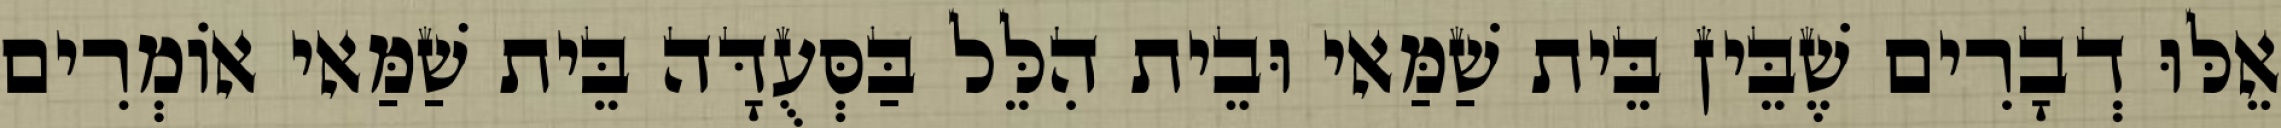
אֵלּוּ דְבָרִים שֶׁבֵּין בֵּית שַׁמַּאי וּבֵית הִלֵּל בַּסְּעֻדָּה בֵּית שַׁמַּאי אוֹמְרִים